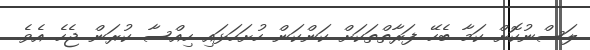
ލަސްނުކޮށް ކަމާ ބެހޭ ފަރާތްތަކަށް ކަންކަން ހުށަހަޅައި ހިއްސާ ކުރަން ޖެހެ އެވެ.